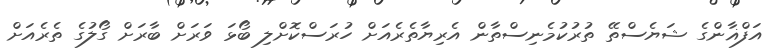
އަފްޣާންގެ ޝަޔެސްތޭ ތުރުކުމެނިސްތާން އެރިޔާތެރެއަށް ހުރަސްކޮށްލި ބޯޅަ ވަރަށް ބާރަށް ގޯލުގެ ތެރެއަށް